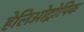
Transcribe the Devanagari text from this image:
हेलिओट्रोपिक